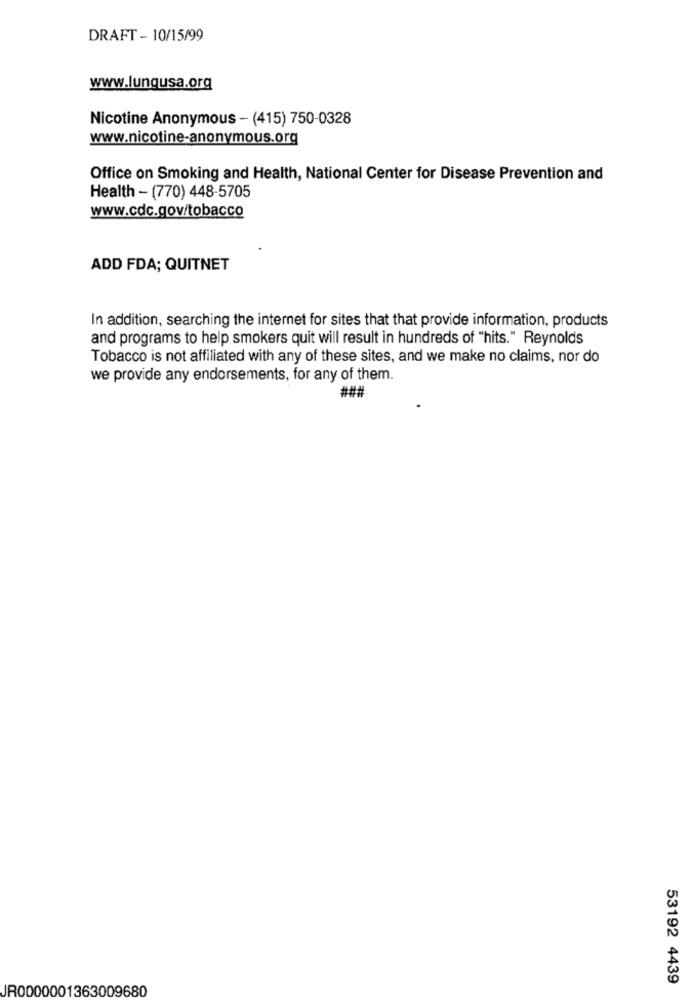
DRAFT - 10/15/99
www.lungusa.org
Nicotine Anonymous - (415) 750-0328
www.nicotine-anonymous.org
Office on Smoking and Health, National Center for Disease Prevention and
Health - (770) 448-5705
www.cdc.gov/tobacco
ADD FDA; QUITNET
In addition, searching the internet for sites that that provide information, products
and programs to help smokers quit will result in hundreds of "hits." Reynolds
Tobacco is not affiliated with any of these sites, and we make no claims, nor do
we provide any endorsements, for any of them.
###
53192 4439
JR0000001363009680